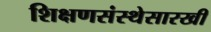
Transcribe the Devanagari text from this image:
शिक्षणसंस्थेसारखी